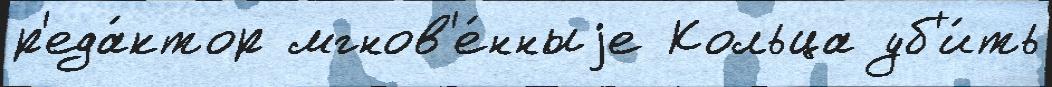
р'еда́ктор мгнов'е́нныjе Кольца уб'и́ть